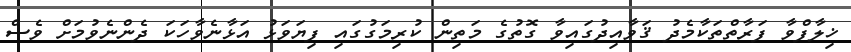
ޚިލާފްވާ ފަރާތްތަކާމެދު ޤަވާއިދުގައިވާ ގޮތުގެ މަތިން ކުރިމަގުގައި ފިޔަވަޅު އަޅާނެވާހަކަ ދެންނެވުމަށް ވެސް